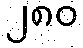
၂၈၀